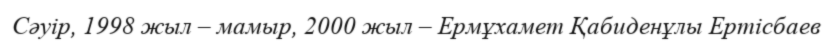
Сәуір, 1998 жыл – мамыр, 2000 жыл – Ермұхамет Қабиденұлы Ертісбаев